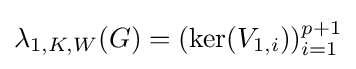
\lambda _{1,K,W}(G)=(\ker(V_{1,i}))_{i=1}^{p+1}